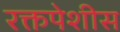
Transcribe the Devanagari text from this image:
रक्तपेशीस